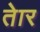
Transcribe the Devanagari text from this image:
तेार